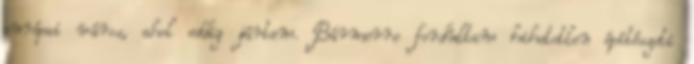
európai város, ahol eddig jártam. Bármerre fordultam hihetetlen építészeti